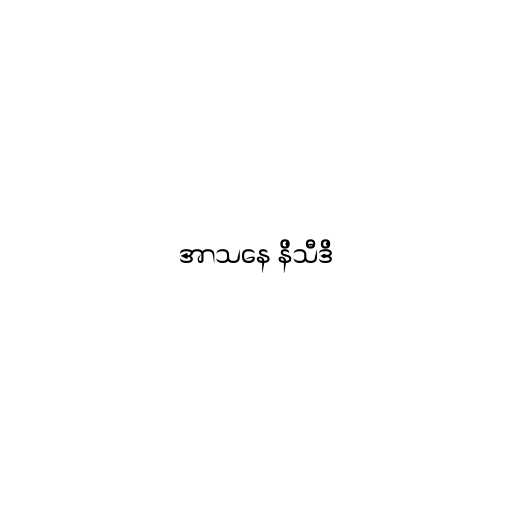
အာသနေ နိသီဒိ